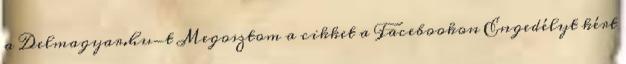
a Delmagyar.hu-t Megosztom a cikket a Facebookon Engedélyt kért